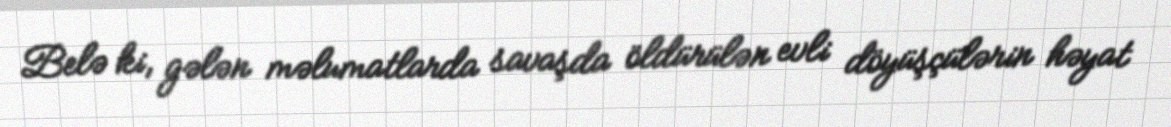
Belə ki, gələn məlumatlarda savaşda öldürülən evli döyüşçülərin həyat